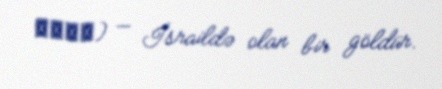
כנרת) — İsraildə olan bir göldür.